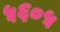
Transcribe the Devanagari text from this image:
५६०५